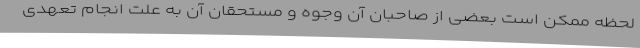
لحظه ممکن است بعضی از صاحبان آن وجوه و مستحقانِ آن به علت انجام تعهدی